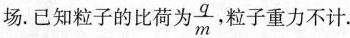
场。已知粒子的比荷为 \frac{q}{m} 粒子重力不计.